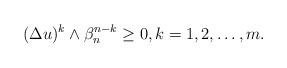
LaTeX: \begin{align*} \begin{aligned} (\Delta u)^{k}\wedge \beta_n ^{n-k}\geq 0, k=1,2, \dots,m.\end{aligned} \end{align*}